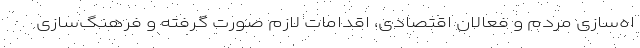
اه‌سازی مردم و فعالان اقتصادی، اقدامات لازم صورت گرفته و فرهنگ‌سازی